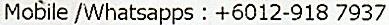
MOBILE /WHATSAPPS : +6012-918 7937